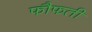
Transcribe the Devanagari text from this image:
फौफती